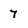
Character: 7